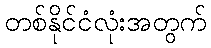
တစ်နိုင်ငံလုံးအတွက်